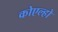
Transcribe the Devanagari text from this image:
कोएल्हो